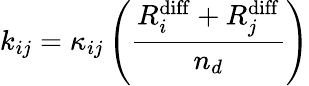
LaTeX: k_{ij}=\kappa_{ij}\left(\frac{R_{i}^{\mathrm{{diff}}}+R_{j}^{\mathrm{{diff}}}}{n_{d}}\right)